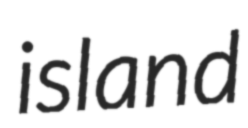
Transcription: island